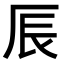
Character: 𠩐